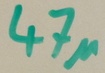
Text: 47µ